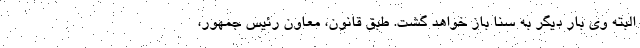
البته وی بار دیگر به سنا باز خواهد گشت. طبق قانون، معاون رئیس جمهور،